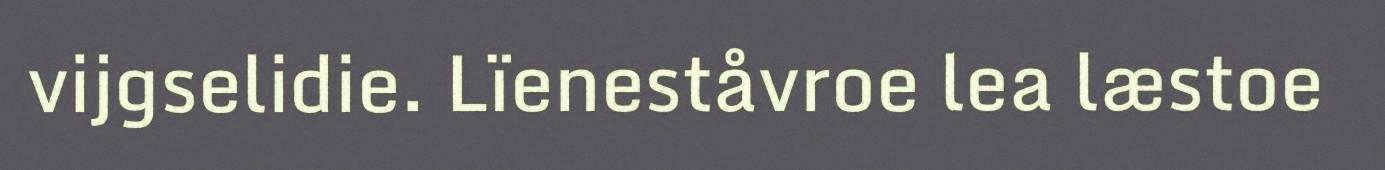
vijgselidie. Lïeneståvroe lea læstoe